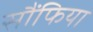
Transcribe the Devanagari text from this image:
सौंफिया